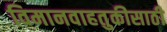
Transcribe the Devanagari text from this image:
विमानवाहतुकीसाठी